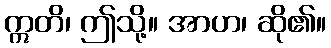
ဣတိ၊ ဤသို့။ အာဟ၊ ဆို၏။